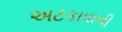
અટકાવાની